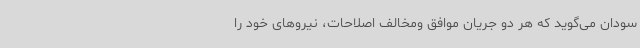
سودان می‌گوید که هر دو جریان موافق ومخالف اصلاحات، نیروهای خود را